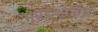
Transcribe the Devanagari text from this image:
भूप्रदेशाचेच